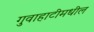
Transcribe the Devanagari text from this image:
गुवाहाटीमधील